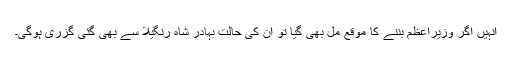
انہیں اگر وزیراعظم بننے کا موقع مل بھی گیا تو ان کی حالت بہادر شاہ رنگیلا سے بھی گئی گزری ہوگی۔